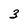
Character: 3